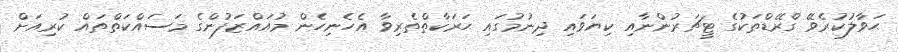
ޙަވާލުކުރެވޭ ގްރޭޑްތަކުގެ ޓީޗަރުންނާއި ކިޔަވައި ދިނުމުގައި ޙަރަކާތްތެރިވާ އެހެނިހެން މުއައްޒަފުންގެ މަސައްކަތްތައް ކުރިއަށް